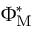
\Phi _ { \mathrm { M } } ^ { * }